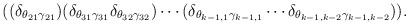
LaTeX: \begin{align*}((\delta_{\theta_{21}\gamma_{21}})(\delta_{\theta_{31}\gamma_{31}}\delta_{\theta_{32}\gamma_{32}})\cdots(\delta_{\theta_{k-1,1}\gamma_{k-1,1}}\cdots\delta_{\theta_{k-1,k-2}\gamma_{k-1,k-2}})).\end{align*}